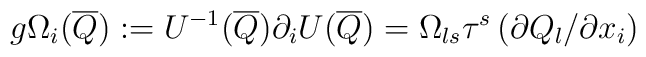
g\Omega_i(\overline Q) := U^{-1}(\overline Q)\partial_iU(\overline Q)= \Omega_{ls}\tau^s \left(\partial Q_l/ \partial x_i\right)